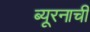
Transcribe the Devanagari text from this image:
ब्यूरनाची